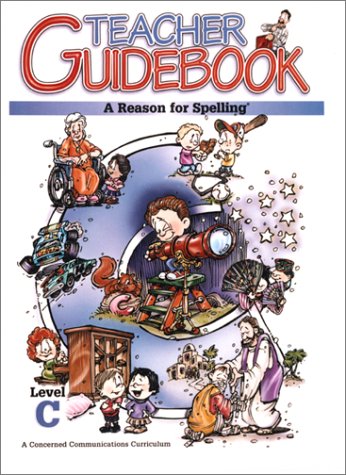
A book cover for A Reason for Spelling: Teacher Guidebook Level C (Reason for Spelling: Level C); Rebecca Burton; Reference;